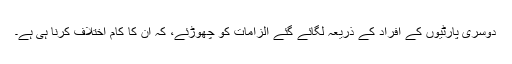
دوسری پارٹیوں کے افراد کے ذریعہ لگائے گئے الزامات کو چھوڑئے، کہ ان کا کام اختلاف کرنا ہی ہے۔